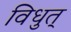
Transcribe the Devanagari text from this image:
विधुत्